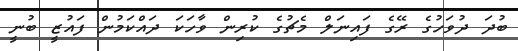
ބުދަ ދުވަހުގެ ރޭގެ ފައިނަލް މެޗުގެ ކުރިން ވާހަކަ ދައްކަމުން ފައުޒީ ބުނީ